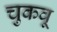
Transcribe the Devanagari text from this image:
चुकवू